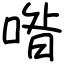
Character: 喒